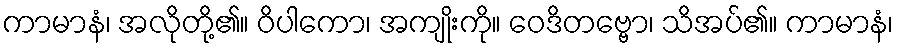
ကာမာနံ၊ အလိုတို့၏။ ဝိပါကော၊ အကျိုးကို။ ဝေဒိတဗ္ဗော၊ သိအပ်၏။ ကာမာနံ၊